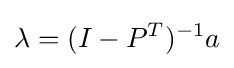
\lambda =(I-P^{T})^{-1}a